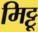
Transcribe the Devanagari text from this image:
मिट्टू